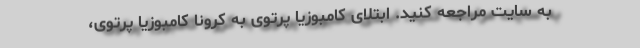
به سایت مراجعه کنید. ابتلای کامبوزیا پرتوی به کرونا کامبوزیا پرتوی،